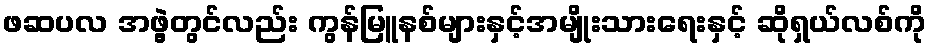
ဖဆပလ အဖွဲ့တွင်လည်း ကွန်မြူနစ်များနှင့်အမျိုးသားရေးနှင့် ဆိုရှယ်လစ်ကို